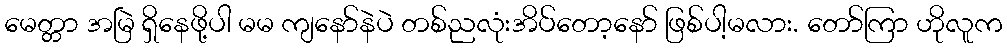
မေတ္တာ အမြဲ ရှိနေဖို့ပါ မမ ကျနော်နဲပဲ တစ်ညလုံးအိပ်တော့နော် ဖြစ်ပါ့မလား. တော်ကြာ ဟိုလူက